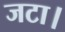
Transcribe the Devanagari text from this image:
जटा।